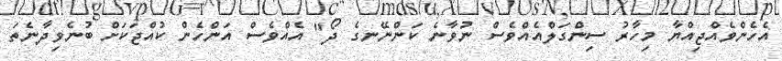
އެހެންވެއްޖިއްޔާ މިހާރު ސިންގަލްއެއްވެސް ނުވާނެ ކަންނޭނގެ ދޯ" އެއްވެސް އަންހެން ކުއްޖަކަށް ބުނެވިދާނެތަ